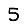
Digit: 5